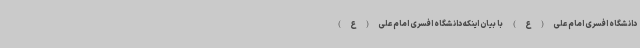
دانشگاه افسری امام علی(ع) با بیان اینکه دانشگاه افسری امام علی(ع)